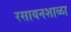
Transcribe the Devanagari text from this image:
रसायनशाळा